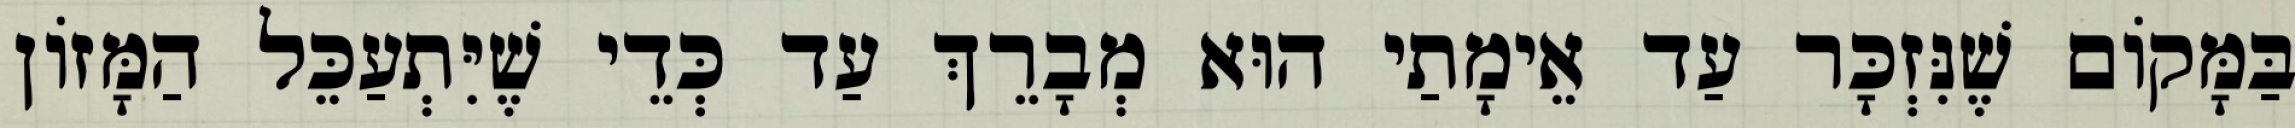
בַּמָּקוֹם שֶׁנִּזְכָּר עַד אֵימָתַי הוּא מְבָרֵךְ עַד כְּדֵי שֶׁיִּתְעַכֵּל הַמָּזוֹן